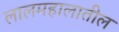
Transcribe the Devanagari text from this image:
लालमहालातील